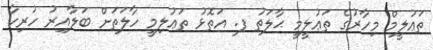
ތަޢުލީމް މިހާރުގެ ތަޢުލީމީ ޙާލަތު ފ. އަތޮޅު ތަޢުލިމީ ހާލަތަށް ބަލާއިރު ހުރިހާ